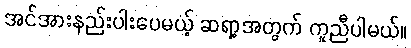
အင်အားနည်းပါးပေမယ့် ဆရာ့အတွက် ကူညီပါမယ်။